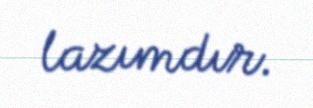
lazımdır.